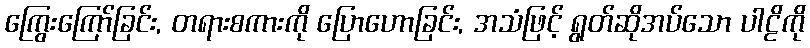
ကြွေးကြော်ခြင်း, တရားစကားကို ပြောဟောခြင်း, အသံဖြင့် ရွတ်ဆိုအပ်သော ပါဠိကို